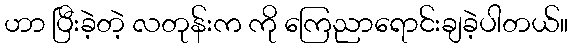
ဟာ ပြီးခဲ့တဲ့ လတုန်းက ကို ကြေညာရောင်းချခဲ့ပါတယ်။